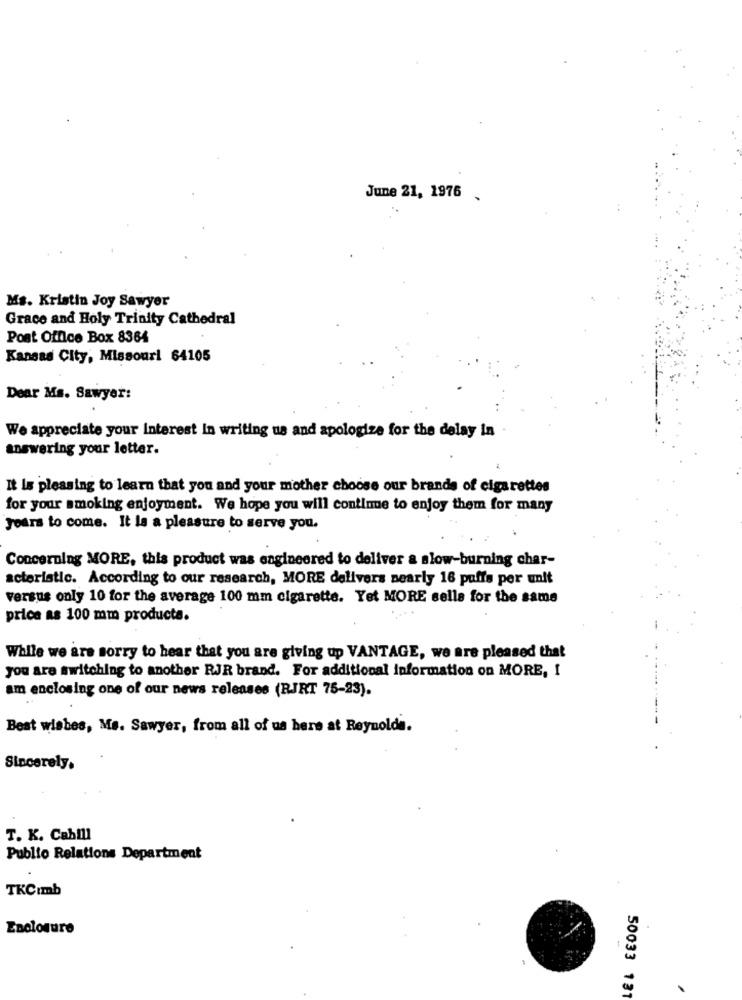
June 21, 1976 .
Ms. Kristin Joy Sawyer
Grace and Holy Trinity Cathedral
Post Office Box 8364
Kansas City, Missouri 64105
Dear Ms. Sawyer:
We appreciate your Interest In writing us and apologize for the delay In
answering your letter.
It Is pleasing to learn that you and your mother choose our brands of cigarettes
for your smoking enjoyment. We hope you will continue to enjoy them for many
Jours to come. It la a pleasure to serve you.
Concerning MORE, this product was engineered to deliver a slow-burning char-
acteristic. According to our research, MORE delivers nearly 16 puffs per unit
versus only 10 for the average 100 mm cigarette. Yet MORE selle for the same
price as 100 mm products.
While we are sorry to hear that you are giving up VANTAGE, we are pleased that
you are switching to another RJR brand. For additional information on MORE, I
am enclosing one of our news releases (RJRT 75-23).
Best wishes, Me. Sawyer, from all of us here at Reynolda.
Sincerely,
T. K. Cabill
Publio Relations Department
TKCImb
Enclosure
50033 131